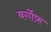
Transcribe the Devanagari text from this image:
बर्गोफ़